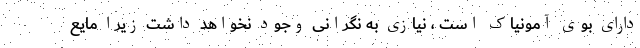
دارای بوی آمونیاک است ، نیازی به نگرانی وجود نخواهد داشت زیرا مایع